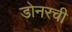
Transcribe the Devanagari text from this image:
डोनरची